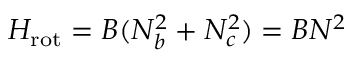
H _ { \mathrm { r o t } } = B ( N _ { b } ^ { 2 } + N _ { c } ^ { 2 } ) = B N ^ { 2 }